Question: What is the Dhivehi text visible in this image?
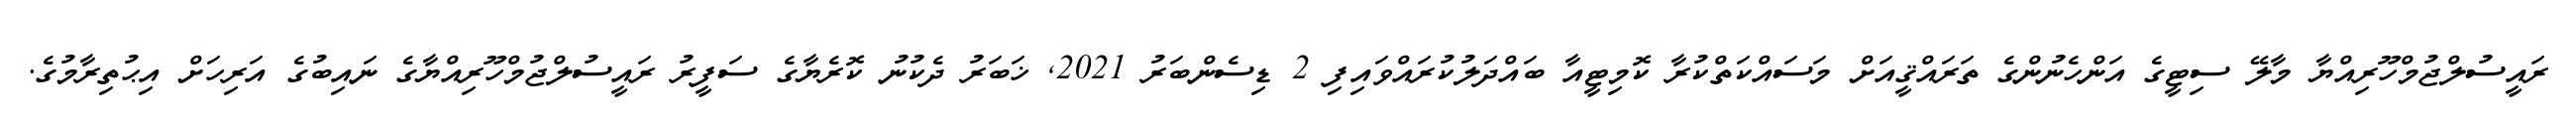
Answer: ރައީސުލްޖުމްހޫރިއްޔާ މާލޭ ސިޓީގެ އަންހެނުންގެ ތަރައްޤީއަށް މަސައްކަތްކުރާ ކޮމިޓީއާ ބައްދަލުކުރައްވައިފި 2 ޑިސެންބަރު 2021, ޚަބަރު ދެކުނު ކޮރެޔާގެ ސަފީރު ރައީސުލްޖުމްހޫރިއްޔާގެ ނައިބުގެ އަރިހަށް އިޙުތިރާމުގެ.